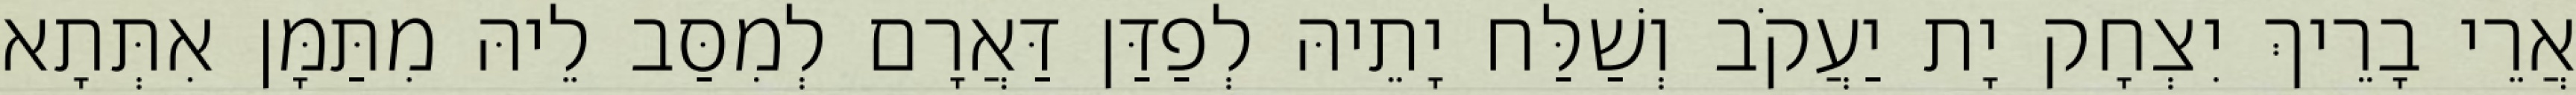
אֲרֵי בָרֵיךְ יִצְחָק יָת יַעֲקֹב וְשַׁלַּח יָתֵיהּ לְפַדַּן דַּאֲרָם לְמִסַּב לֵיהּ מִתַּמָּן אִתְּתָא